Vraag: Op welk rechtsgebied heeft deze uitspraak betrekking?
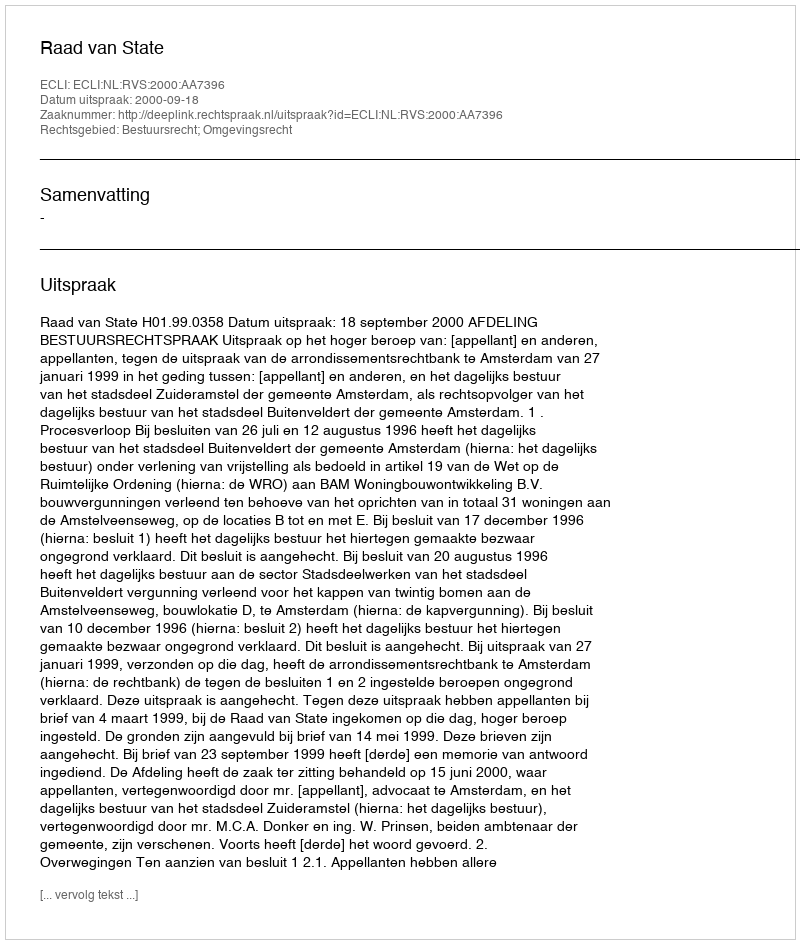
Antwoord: Bestuursrecht; Omgevingsrecht